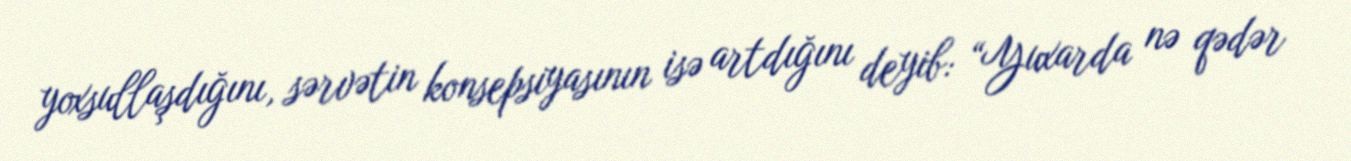
yoxsullaşdığını, sərvətin konsepsiyasının isə artdığını deyib: “Yuxarda nə qədər